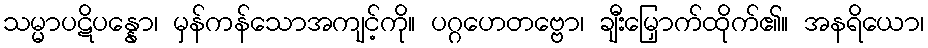
သမ္မာပဋိပန္နော၊ မှန်ကန်သောအကျင့်ကို။ ပဂ္ဂဟေတဗ္ဗော၊ ချီးမြှောက်ထိုက်၏။ အနရိယော၊